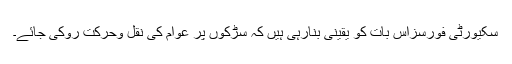
سکیورٹی فورسزاس بات کو یقینی بنارہی ہیں کہ سڑکوں پر عوام کی نقل وحرکت روکی جائے۔